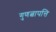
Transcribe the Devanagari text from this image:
गुणत्वापत्ति